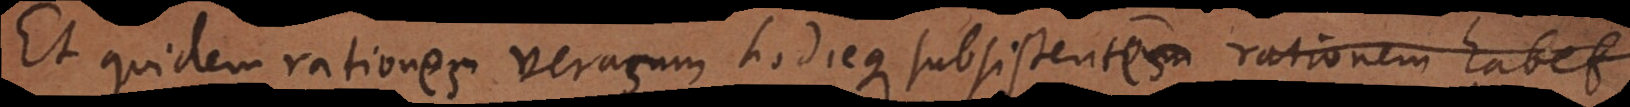
Et quidem rationum verarum hodieque subsistentium rationem habet